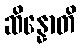
ဆိန္နောတိ